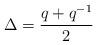
LaTeX: \begin{align*}\Delta = \frac{q + q^{-1}}{2}\end{align*}